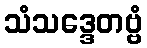
သံသဒ္ဒေတဗ္ဗံ